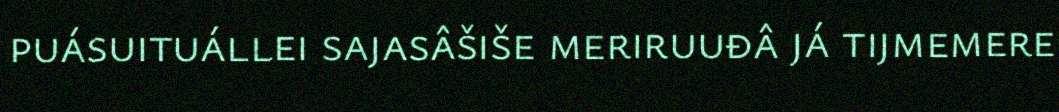
puásuituállei sajasâšiše meriruuđâ já tijmemere